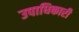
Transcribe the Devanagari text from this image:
उपाधिकारी